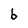
Character: b